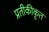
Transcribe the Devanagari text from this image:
प्रतीकीकृत